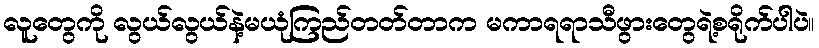
လူတွေကို လွယ်လွယ်နဲ့မယုံကြည်တတ်တာက မကာရရာသီဖွားတွေရဲ့စရိုက်ပါပဲ။